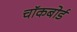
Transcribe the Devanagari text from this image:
चॉकबोर्ड